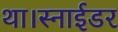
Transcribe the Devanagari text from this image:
था।स्नाईडर